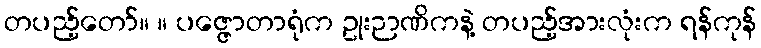
တပည့်တော်။ ။ ပဇ္ဇောတာရုံက ဥုးဉာဏိကနဲ့ တပည့်အားလုံးက ရန်ကုန်